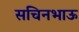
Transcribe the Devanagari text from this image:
सचिनभाऊ